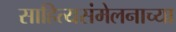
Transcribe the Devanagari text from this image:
साहित्यसंमेलनाच्या